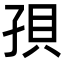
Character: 孭